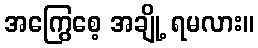
အကြွေစေ့ အချို့ ရမလား။